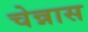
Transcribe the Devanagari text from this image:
चेन्नास